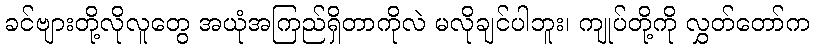
ခင်ဗျားတို့လိုလူတွေ အယုံအကြည်ရှိတာကိုလဲ မလိုချင်ပါဘူး၊ ကျုပ်တို့ကို လွှတ်တော်က